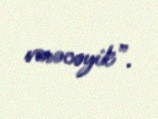
verəcəyik”.